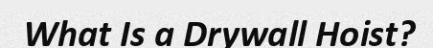
What Is a Drywall Hoist?